Annual administration report of the Civil Veterinary Department of India - 1897-1898
Year: 1897
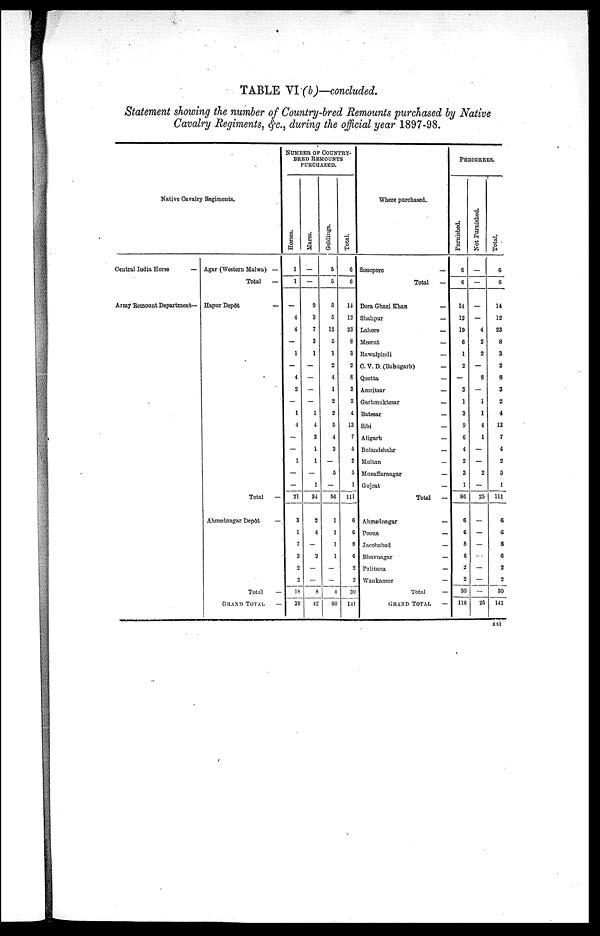
TABLE VI (b)—concluded.
Statement showing the number of Country—bred Remounts purchased by Native
Cavalry Regiments, &c., during the official year 1897-98.
Native Cavalry Regiments.
Central India Horse
—
Army Remount Department—
Agar (Western Malwa) —
Total
—
Hapur Depôt
—
Total
—
Ahmednagar Depôt
—
Total
—
GRAND TOTAL —
NUMBER OF COUNTRY¬
BRED REMOUNTS
PURCHASED.
Hor s es .
1
1
—
4
4
—
1
—
4
2
—
1
4
—
—
1
—
—
21
3
1
7
3
2
2
18
39
Mar es .
—
—
9
3
7
3
1
—
—
—
—
1
4
3
1
1
—
1
34
2
4
—
2
—
—
8
42
Geldings.
5
5
5
5
12
5
1
2
4
1
2
2
5
4
3
—
5
—
56
1
1
1
1
—
—
4
60
Total.
6
6
14
12
23
8
3
2
8
3
2
4
13
7
4
2
5
1
111
6
6
8
6
2
2
30
141
Where purchased.
Sonepore
Total—
Dera Ghazi
Khan—
Shahpur—
Lahore—
Meerut—
Rawalpindi—
C. V. D. (Babugarh)—
Quetta—
Amritsar—
Garhmuktesar—
Batesar—
Sibi—
Aligarh—
Bulandshahr—
Multan—
Muzaffiarnagar—
Gujrat—
Total—
Ahmednagar—
Poona—
Jacobabad—
Bhavnagar—
Palitana—
Wankaneer—
Total—
GRAND TOTAL—
PEDIGREES.
Furnished.
6
6
14
12
19
6
1
2
—
3
1
3
9
6
4
2
3
1
86
6
6
8
6
2
2
30
116
Not Furnished.
—
—
4
2
2
—
8
—
1
1
4
1
—
—
2
—
25
—
—
—
—
—
—
—
25
Tot al .
6
6
14
12
23
8
3
2
8
3
2
4
13
7
4
2
5
1
111
6
6
8
6
2
2
30
141
xxi